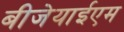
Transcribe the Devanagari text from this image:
बीजेयाईएम